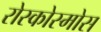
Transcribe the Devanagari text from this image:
रोस्कोस्मोस